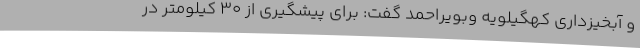
و آبخیزداری کهگیلویه وبویراحمد گفت: برای پیشگیری از ۳۰ کیلومتر در